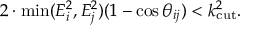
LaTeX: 2 \cdot \operatorname * { m i n } ( E _ { i } ^ { 2 } , E _ { j } ^ { 2 } ) ( 1 - \cos \theta _ { i j } ) < k _ { \mathrm { c u t } } ^ { 2 } .